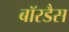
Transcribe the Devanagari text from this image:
बॉरडैस